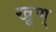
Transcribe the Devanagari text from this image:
खूण्